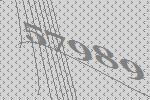
57989